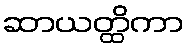
ဆာယတ္ထိကာ